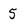
Character: 5